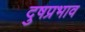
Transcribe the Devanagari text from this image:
दुषप्रभाव